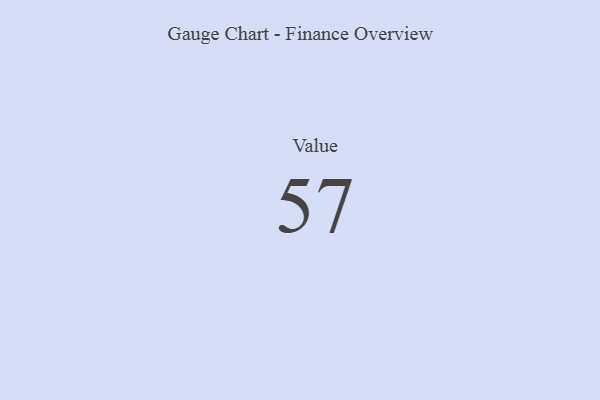
{"axis": {"x": "Metric", "y": "Value"}, "legend": [""], "data": [{"x": "Value", "y": 57, "type": ""}]}